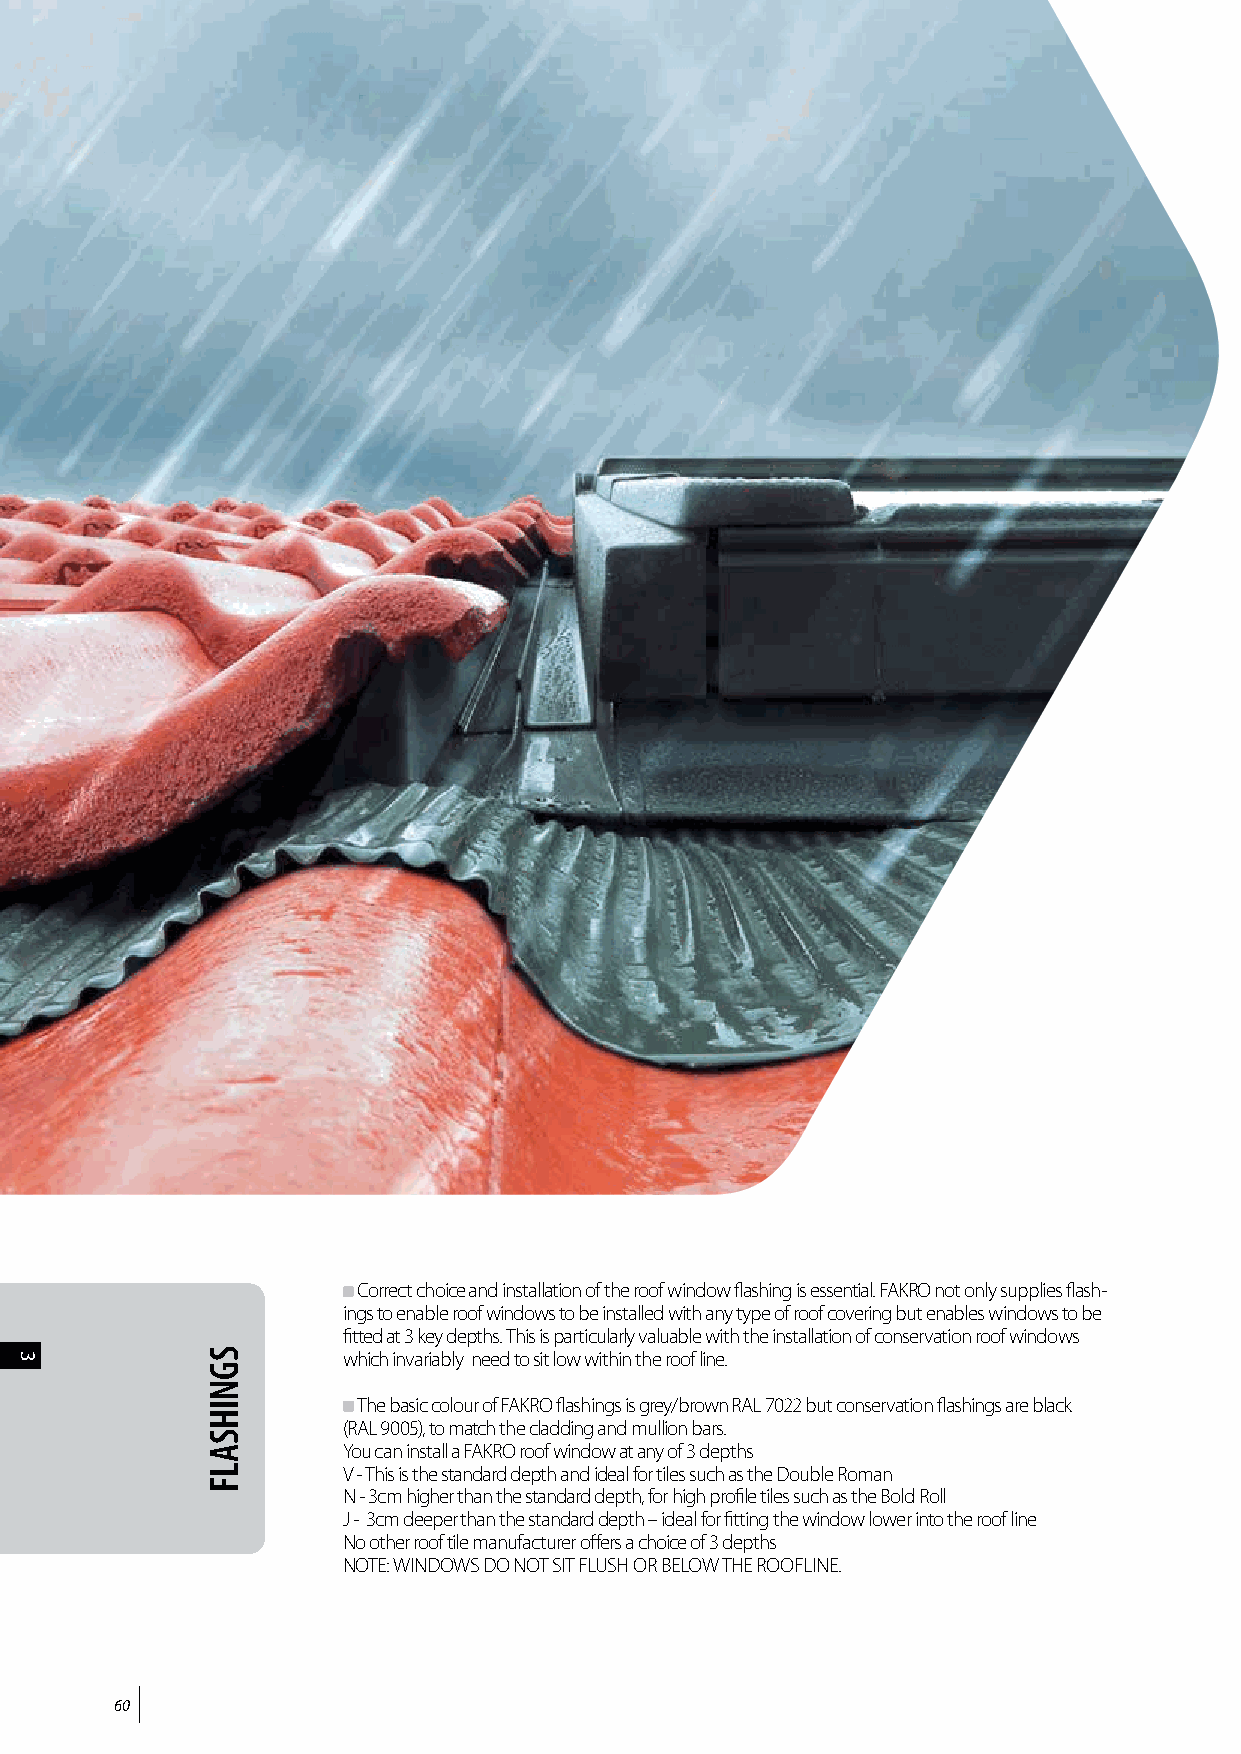
FLASHINGS
 Correct choice and installation of the roof window flashing is essential. FAKRO not only supplies flash-
 ings to enable roof windows to be installed with any type of roof covering but enables windows to be
 fitted at 3 key depths. This is particularly valuable with the installation of conservation roof windows
 which invariably need to sit low within the roof line.
 The basic colour of FAKRO flashings is grey/brown RAL 7022 but conservation flashings are black
 (RAL 9005), to match the cladding and mullion bars.
 You can install a FAKRO roof window at any of 3 depths
 V - This is the standard depth and ideal for tiles such as the Double Roman
 N - 3cm higher than the standard depth, for high profile tiles such as the Bold Roll
 J - 3cm deeper than the standard depth – ideal for fitting the window lower into the roof line
 No other roof tile manufacturer offers a choice of 3 depths
 NOTE: WINDOWS DO NOT SIT FLUSH OR BELOW THE ROOFLINE.
 60
 33           SGNIHSALF